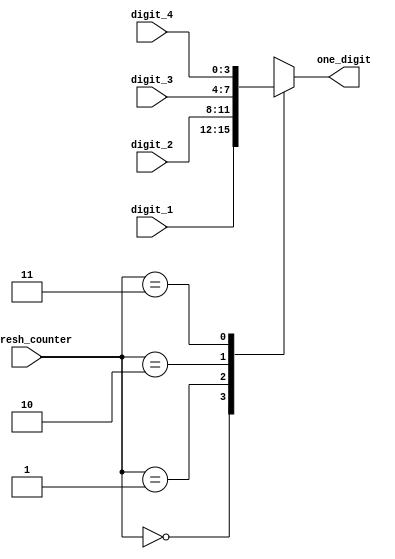
module BCD_control (
    input [3:0] digit_1,
    input [3:0] digit_2,
    input [3:0] digit_3,
    input [3:0] digit_4,
    input [1:0] refresh_counter,
    output reg [3:0] one_digit=0 

);
    always @(refresh_counter) begin
        case (refresh_counter)
            2'd0: one_digit= digit_1;
            2'd1: one_digit= digit_2;
            2'd2: one_digit= digit_3;
            2'd3: one_digit= digit_4;

            default: anode=4'b1111;
        endcase
    end
endmodule